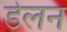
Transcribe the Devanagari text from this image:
डेलन